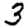
Digit: 3